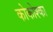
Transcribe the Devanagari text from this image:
कोकोश्का